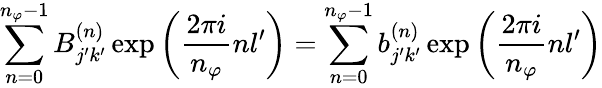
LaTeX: \sum_{n=0}^{n_{\varphi}-1}B_{j^{\prime}k^{\prime}}^{(n)}\exp{\left(\frac{2\pi i}{n_{\varphi}}nl^{\prime}\right)}=\sum_{n=0}^{n_{\varphi}-1}b_{j^{\prime}k^{\prime}}^{(n)}\exp{\left(\frac{2\pi i}{n_{\varphi}}nl^{\prime}\right)}